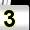
Digit: 3